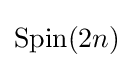
\operatorname {Spin} (2n)